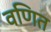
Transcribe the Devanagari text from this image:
वणित